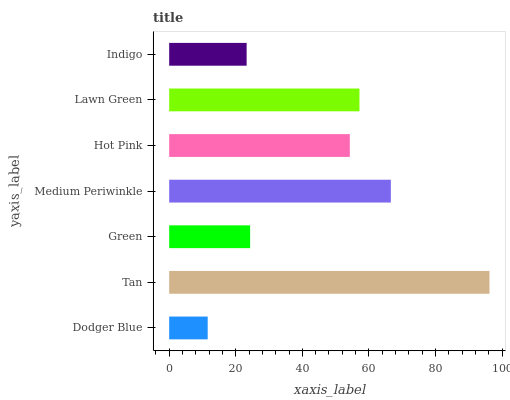
| yaxis_label | bars |
 | --- | --- |
 | Dodger Blue | 11.6 |
 | Tan | 96.2 |
 | Green | 24.3 |
 | Medium Periwinkle | 66.6 |
 | Hot Pink | 54.3 |
 | Lawn Green | 57.2 |
 | Indigo | 23.3 |